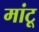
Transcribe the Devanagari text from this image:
मांटू